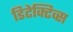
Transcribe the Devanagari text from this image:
डिटेक्टिव्स